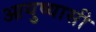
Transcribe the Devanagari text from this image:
आयुष्यासी